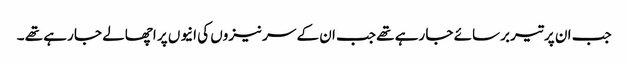
جب ان پر تیر برسائے جا رہے تھے جب ان کے سر نیزوں کی انیوں پر اچھالے جا رہے تھے ۔